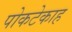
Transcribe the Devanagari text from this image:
पोकटेकाह